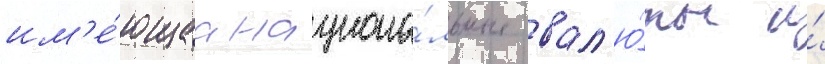
им'е́ющаа национа́льные вал'ю́ты и́